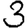
Digit: 3